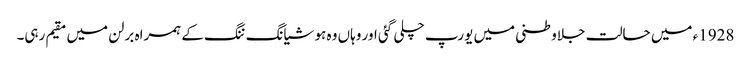
1928ء میں حالت جلاوطنی میں یورپ چلی گئی اور وہاں وہ ہو شیانگ ننگ کے ہمراہ برلن میں مقیم رہی۔